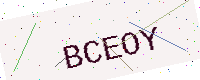
Text: BCEOY